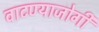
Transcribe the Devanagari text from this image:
वाटण्याजोगी